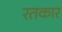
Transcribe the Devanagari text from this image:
रतकार